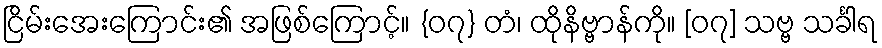
ငြိမ်းအေးကြောင်း၏ အဖြစ်ကြောင့်။ {၀၇} တံ၊ ထိုနိဗ္ဗာန်ကို။ [၀၇] သဗ္ဗ သင်္ခါရ